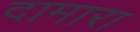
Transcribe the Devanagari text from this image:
दामारा